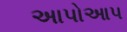
અાપોઆપ